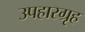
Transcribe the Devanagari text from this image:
उपहारग्रृह